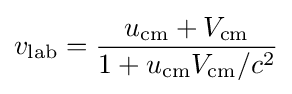
v_{\text{lab}}={\frac {u_{\text{cm}}+V_{\text{cm}}}{1+u_{\text{cm}}V_{\text{cm}}/c^{2}}}